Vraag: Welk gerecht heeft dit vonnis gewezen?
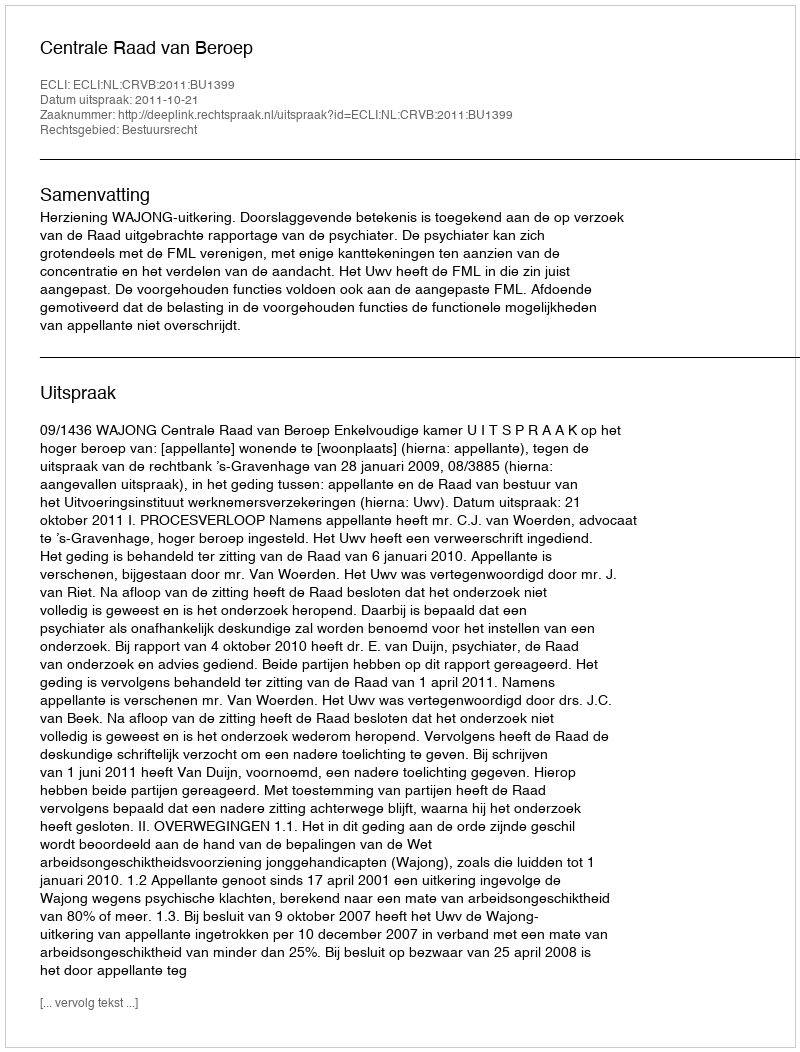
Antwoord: Centrale Raad van Beroep